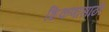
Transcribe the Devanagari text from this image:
शिकणासाठी